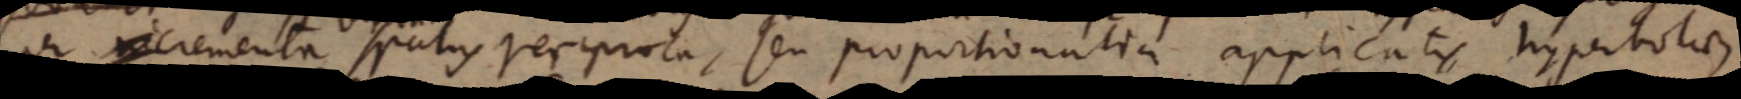
per incrementa spatiis reciproca, seu proportionalia applicatis hyperbolae